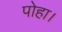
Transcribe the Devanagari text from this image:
पोहा।